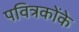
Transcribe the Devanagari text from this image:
पवित्रकोंके